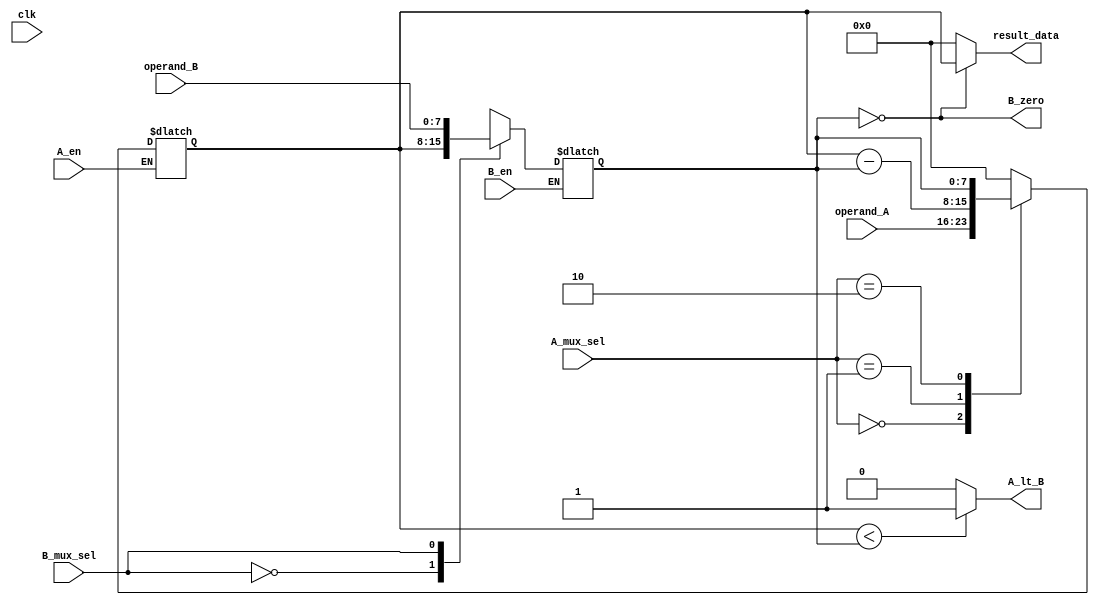
`timescale 1ns / 1ps
module calc #(parameter  width = 8)
(
	input 				clk,
	input 	[width-1:0] operand_A,		//A
	input 	[width-1:0] operand_B,		//B
	input				A_en,			//A
	input				B_en,			//B
	input	[1:0]		A_mux_sel,		//A
	input				B_mux_sel,      //B
	output 	[width-1:0] result_data,	//ABresult_rdy
	output				B_zero,			//
	output				A_lt_B			//
	);
	
wire	[width-1:0] 	A_mux_InA;
wire	[width-1:0] 	A_mux_InSub;
wire	[width-1:0] 	A_mux_InB;
reg 	[width-1:0] 	A_mux_out;

wire	[width-1:0] 	B_mux_InA;
wire	[width-1:0] 	B_mux_InB;
reg 	[width-1:0] 	B_mux_out;

reg 	[width-1:0] 	DA_out;
wire	[width-1:0] 	DA_in;
 
reg 	[width-1:0] 	DB_out;
wire	[width-1:0] 	DB_in;

wire 	[width-1:0]		sub_out;

assign A_mux_InA	=operand_A;
assign A_mux_InSub	=sub_out;
assign A_mux_InB	=DB_out;

assign B_mux_InA	=DA_out;
assign B_mux_InB	=operand_B;

assign DA_in		=A_mux_out;
assign DB_in		=B_mux_out;

//A_mux
always@(*)
	begin
	case(A_mux_sel)
		2'b00:A_mux_out=A_mux_InA;
		2'b01:A_mux_out=A_mux_InSub;
		2'b10:A_mux_out=A_mux_InB;
		default:A_mux_out=8'b0;
	endcase
	end

//B_mux
always@(*)
	begin
	case(B_mux_sel)
		0:B_mux_out=B_mux_InA;
		1:B_mux_out=B_mux_InB;
		default:B_mux_out=8'b00;
	endcase
	end
	
//A_D
always@(clk)
	begin
    if(A_en)
		begin
		DA_out 			= DA_in;
		end
	else
		DA_out 			= DA_out;
	end
		
//B_D
always@(clk)
	begin
    if(B_en)
		begin
		DB_out			= DB_in;
		end
	else
		DB_out 			= DB_out;
	end
	
assign B_zero		=(DB_out==0) ;				//
assign A_lt_B		=(DA_out<DB_out)?1'b1:1'b0;	//BA
assign sub_out		=DA_out-DB_out;				//
assign result_data	=(B_zero)?DA_out:8'd0;		//

endmodule